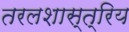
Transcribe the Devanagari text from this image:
तरलशास्त्रिय